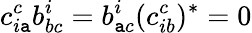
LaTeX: c_{i\mathtt{a}}^{c}b_{bc}^{i}=b_{\mathtt{a}c}^{i}(c_{ib}^{c})^{*}=0